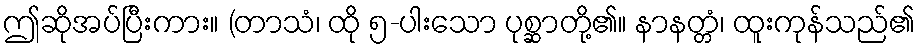
ဤဆိုအပ်ပြီးကား။ (တာသံ၊ ထို ၅-ပါးသော ပုစ္ဆာတို့၏။ နာနတ္တံ၊ ထူးကုန်သည်၏